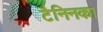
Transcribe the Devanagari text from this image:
टैनिनका